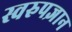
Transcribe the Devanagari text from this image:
स्वरुपज्ञान